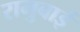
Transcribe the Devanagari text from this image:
रामुबाई